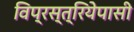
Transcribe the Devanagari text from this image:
विप्रस्त्रियेपासी